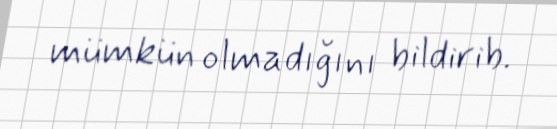
mümkün olmadığını bildirib.